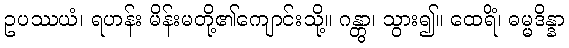
ဥပဿယံ၊ ရဟန်း မိန်းမတို့၏ကျောင်းသို့။ ဂန္တွာ၊ သွား၍။ ထေရိံ၊ ဓမ္မဒိန္နာ